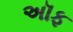
અૉફ